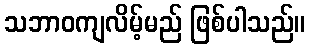
သဘာဝကျလိမ့်မည် ဖြစ်ပါသည်။